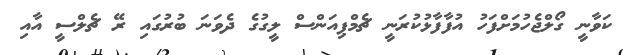
ކަވާނީ ގޯލްޖެހުމަށްފަހު އުފާފާޅުކުރަނީ ޗެމްޕިއަންސް ލީގުގެ ދެވަނަ ބުރުގައި ރޭ ޗެލްސީ އާއި